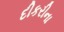
દીકરીના